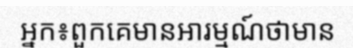
អ្នក៖ពួកគេមានអារម្មណ៍ថាមាន